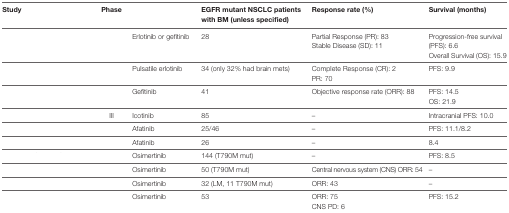
<table><thead><tr><td><b>Study</b></td><td><b>Phase</b></td><td>[EMPTY_CELL]</td><td><b>EGFR mutant NSCLC patients with BM (unless specified)</b></td><td><b>Response rate (%)</b></td><td><b>Survival (months)</b></td></tr></thead><tbody><tr><td>[EMPTY_CELL]</td><td>[EMPTY_CELL]</td><td>Erlotinib or gefitinib</td><td>28</td><td>Partial Response (PR): 83Stable Disease (SD): 11</td><td>Progression-free survival (PFS): 6.6Overall Survival (OS): 15.9</td></tr><tr><td>[EMPTY_CELL]</td><td>[EMPTY_CELL]</td><td>Pulsatile erlotinib</td><td>34 (only 32% had brain mets)</td><td>Complete Response (CR): 2PR: 70</td><td>PFS: 9.9</td></tr><tr><td>[EMPTY_CELL]</td><td>[EMPTY_CELL]</td><td>Gefitinib</td><td>41</td><td>Objective response rate (ORR): 88</td><td>PFS: 14.5OS: 21.9</td></tr><tr><td>[EMPTY_CELL]</td><td>III</td><td>Icotinib</td><td>85</td><td>–</td><td>Intracranial PFS: 10.0</td></tr><tr><td>[EMPTY_CELL]</td><td>[EMPTY_CELL]</td><td>Afatinib</td><td>25/46</td><td>–</td><td>PFS: 11.1/8.2</td></tr><tr><td>[EMPTY_CELL]</td><td>[EMPTY_CELL]</td><td>Afatinib</td><td>26</td><td>–</td><td>8.4</td></tr><tr><td>[EMPTY_CELL]</td><td>[EMPTY_CELL]</td><td>Osimertinib</td><td>144 (T790M mut)</td><td>–</td><td>PFS: 8.5</td></tr><tr><td>[EMPTY_CELL]</td><td>[EMPTY_CELL]</td><td>Osimertinib</td><td>50 (T790M mut)</td><td>Central nervous system (CNS) ORR: 54</td><td>–</td></tr><tr><td>[EMPTY_CELL]</td><td>[EMPTY_CELL]</td><td>Osimertinib</td><td>32 (LM, 11 T790M mut)</td><td>ORR: 43</td><td>–</td></tr><tr><td>[EMPTY_CELL]</td><td>[EMPTY_CELL]</td><td>Osimertinib</td><td>53</td><td>ORR: 75CNS PD: 6</td><td>PFS: 15.2</td></tr></tbody></table>